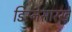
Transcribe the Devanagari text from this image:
डिस्नेसारखे